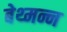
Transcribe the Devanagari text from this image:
बेथ्मन्न